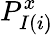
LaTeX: P_{I(i)}^{x}